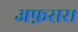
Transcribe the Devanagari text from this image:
अफ़सर।